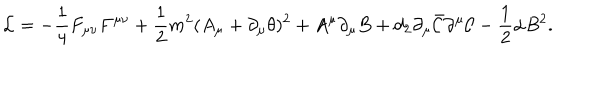
LaTeX: { \cal L } = - \frac { 1 } { 4 } F _ { \mu \nu } F ^ { \mu \nu } + \frac { 1 } { 2 } m ^ { 2 } ( A _ { \mu } + \partial _ { \mu } \theta ) ^ { 2 } + A ^ { \mu } \partial _ { \mu } B + d _ { 2 } \partial _ { \mu } \bar { \cal C } \partial ^ { \mu } { \cal C } - \frac { 1 } { 2 } \alpha B ^ { 2 } .